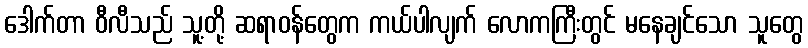
ဒေါက်တာ ဝီလီသည် သူ့တို့ ဆရာဝန်တွေက ကယ်ပါလျက် လောကကြီးတွင် မနေချင်သော သူတွေ